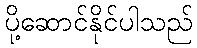
ပို့ဆောင်နိုင်ပါသည်